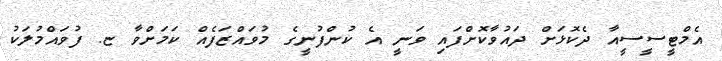
އެމްޓީސީސީއާ ދެކޮޅަށް ދައުވާކޮށްފައި ވަނީ އެ ކުންފުނީގެ މުވައްޒަފެއް ކަމަށްވާ ޏ. ފުވައްމުލަކު